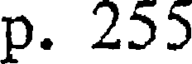
p. 255